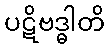
ပဋိဗဒ္ဓါတိ